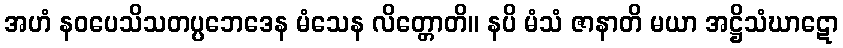
အဟံ နဝပေသိသတပ္ပဘေဒေန မံသေန လိတ္တောတိ။ နပိ မံသံ ဇာနာတိ မယာ အဋ္ဌိသံဃာဋော